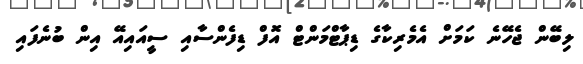
ލިބޭން ޖެހޭނެ ކަމަށް އެމެރިކާގެ ޑިޕާޓްމަންޓް އޮފް ޑިފެންސާއި ސީއައިއޭ އިން ބުނެފައި